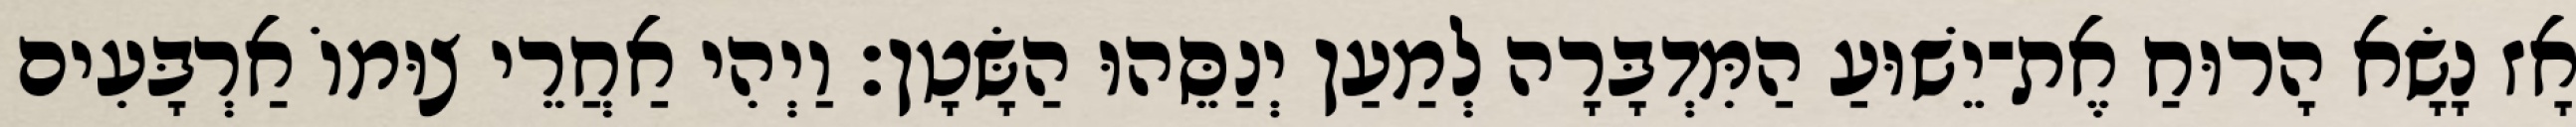
אָז נָשָׂא הָרוּחַ אֶת־יֵשׁוּעַ הַמִּדְבָּרָה לְמַעַן יְנַסֵּהוּ הַשָּׂטָן׃ וַיְהִי אַחֲרֵי צוּמוֹ אַרְבָּעִים